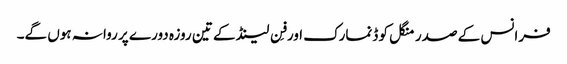
فرانس کے صدر منگل کو ڈنمارک اور فِن لینڈ کے تین روزہ دورے پر روانہ ہوں گے۔